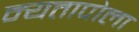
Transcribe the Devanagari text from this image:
न्यतापोला